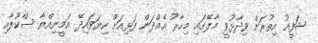
ޝަފީއު އިތުރަށް ވިދާޅުވީ މާލޭގައި މިހާރު އެއްދަން ފަޅިއަށް ކިޔަވައިދޭ އަމީނިއްޔާ ސްކޫލާއި